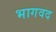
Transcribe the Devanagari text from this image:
भागवद